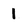
Character: l